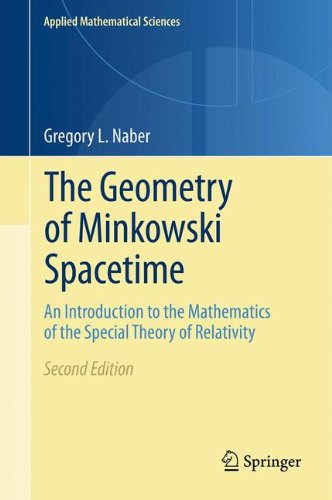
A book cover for The Geometry of Minkowski Spacetime: An Introduction to the Mathematics of the Special Theory of Relativity (Applied Mathematical Sciences); Gregory L. Naber; Science & Math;